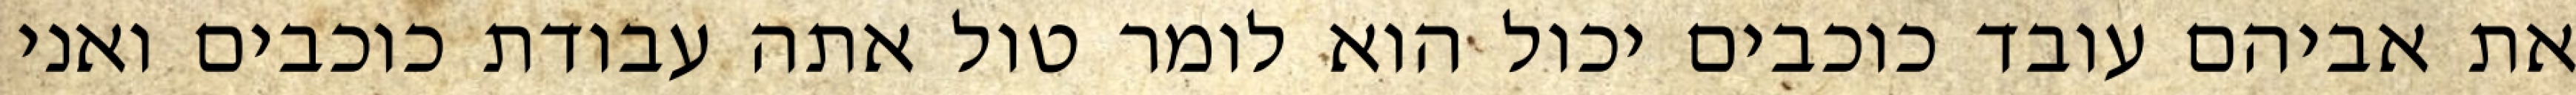
את אביהם עובד כוכבים יכול הוא לומר טול אתה עבודת כוכבים ואני